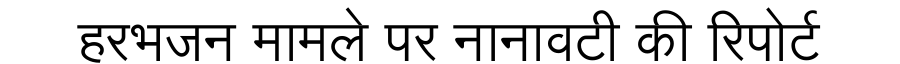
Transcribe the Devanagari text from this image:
हरभजन मामले पर नानावटी की रिपोर्ट